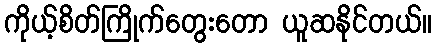
ကိုယ့်စိတ်ကြိုက်တွေးတော ယူဆနိုင်တယ်။